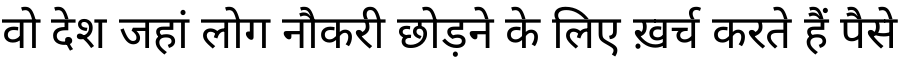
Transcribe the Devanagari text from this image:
वो देश जहां लोग नौकरी छोड़ने के लिए ख़र्च करते हैं पैसे